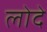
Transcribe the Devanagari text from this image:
लोदे